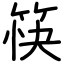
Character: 筷